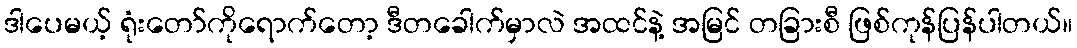
ဒါပေမယ့် ရုံးတော်ကိုရောက်တော့ ဒီတခေါက်မှာလဲ အထင်နဲ့ အမြင် တခြားစီ ဖြစ်ကုန်ပြန်ပါတယ်။